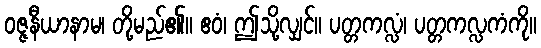
ဝဇ္ဇနီယာနာမ၊ တို့မည်၏။ ဧဝံ၊ ဤသို့လျှင်။ ပတ္တကလ္လံ၊ ပတ္တကလ္လကံကို။